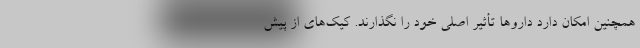
همچنین امکان دارد داروها تأثیر اصلی خود را نگذارند. کیک‌های از پیش